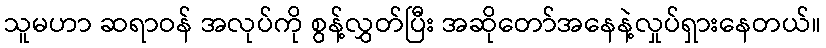
သူမဟာ ဆရာဝန် အလုပ်ကို စွန့်လွှတ်ပြီး အဆိုတော်အနေနဲ့လှုပ်ရှားနေတယ်။